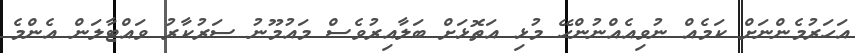
އަހަރުމެންނަށް ކަމެއް ނުވިއެއްނުންހޭ މުޅި އަތޮޅަށް ބަލާއިރުވެސް މައުމޫނު ސަރުކާރު ވައްޓާލަން އެންމެ